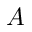
A